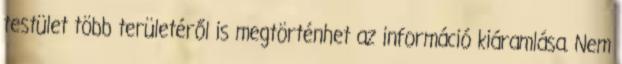
testület több területéről is megtörténhet az információ kiáramlása. Nem